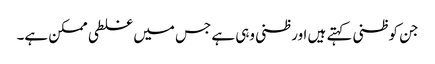
جن کو ظنی کہتے ہیں اور ظنی وہی ہے جس میں غلطی ممکن ہے۔